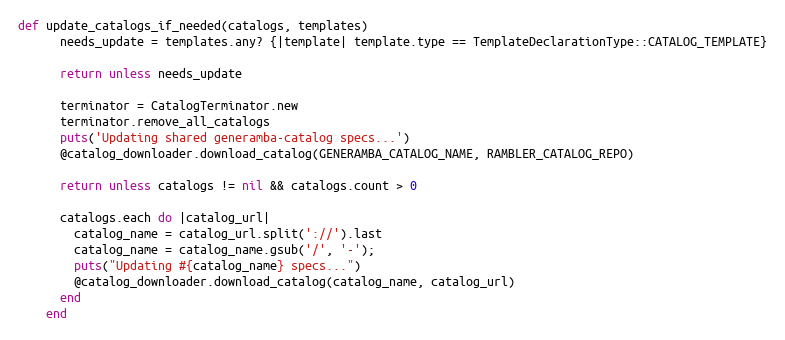
Language: Ruby
def update_catalogs_if_needed(catalogs, templates)
      needs_update = templates.any? {|template| template.type == TemplateDeclarationType::CATALOG_TEMPLATE}

      return unless needs_update

      terminator = CatalogTerminator.new
      terminator.remove_all_catalogs
      puts('Updating shared generamba-catalog specs...')
      @catalog_downloader.download_catalog(GENERAMBA_CATALOG_NAME, RAMBLER_CATALOG_REPO)

      return unless catalogs != nil && catalogs.count > 0

      catalogs.each do |catalog_url|
        catalog_name = catalog_url.split('://').last
        catalog_name = catalog_name.gsub('/', '-');
        puts("Updating #{catalog_name} specs...")
        @catalog_downloader.download_catalog(catalog_name, catalog_url)
      end
    end